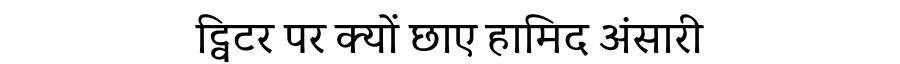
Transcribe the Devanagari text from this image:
ट्विटर पर क्यों छाए हामिद अंसारी